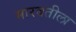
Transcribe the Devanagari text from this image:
मारबतीला